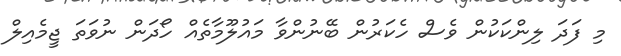
މި ފަދަ ލިންކަކުން ވެސް ހެކަރުން ބޭނުންވާ މައުލޫމާތެއް ހޯދަން ނުވަތަ ޖީމެއިލް